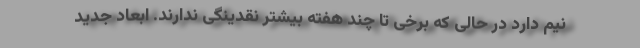
نیم دارد در حالی که برخی تا چند هفته بیشتر نقدینگی ندارند. ابعاد جدید